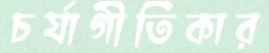
চর্যাগীতিকার